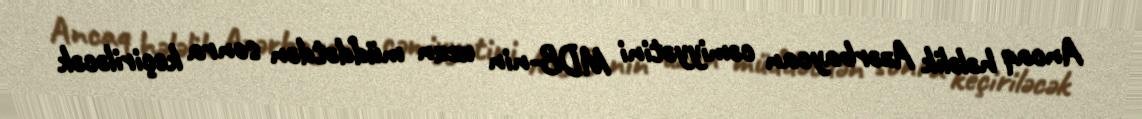
Ancaq hələlik Azərbaycan cəmiyyətini MDB-nin uzun müddətdən sonra keçiriləcək